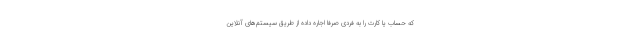
که حساب یا کارت را به فردی صرفا اجاره داده از طریق سیستم‌های آنلاین